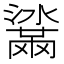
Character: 𤂒